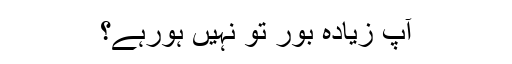
آپ زیادہ بور تو نہیں ہورہے؟